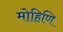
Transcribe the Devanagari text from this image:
मोहिणि